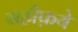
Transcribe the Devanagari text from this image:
सहीफ़ये